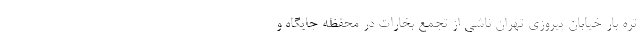
تره بار خیابان پیروزی تهران ناشی از تجمع بخارات در محفظه جایگاه و